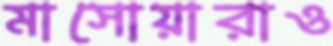
মাসোয়ারাও